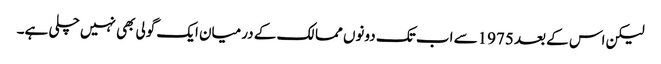
لیکن اس کے بعد 1975سے اب تک دونوں ممالک کے درمیان ایک گولی بھی نہیں چلی ہے۔